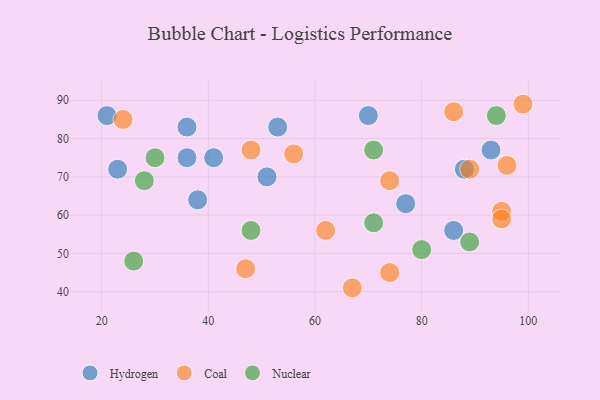
{"axis": {"x": "GDP", "y": "Life Expectancy"}, "legend": ["Coal", "Hydrogen", "Nuclear"], "data": [{"x": "93", "y": 77, "type": "Hydrogen"}, {"x": "86", "y": 56, "type": "Hydrogen"}, {"x": "53", "y": 83, "type": "Hydrogen"}, {"x": "51", "y": 70, "type": "Hydrogen"}, {"x": "36", "y": 83, "type": "Hydrogen"}, {"x": "77", "y": 63, "type": "Hydrogen"}, {"x": "36", "y": 75, "type": "Hydrogen"}, {"x": "38", "y": 64, "type": "Hydrogen"}, {"x": "70", "y": 86, "type": "Hydrogen"}, {"x": "23", "y": 72, "type": "Hydrogen"}, {"x": "88", "y": 72, "type": "Hydrogen"}, {"x": "21", "y": 86, "type": "Hydrogen"}, {"x": "41", "y": 75, "type": "Hydrogen"}, {"x": "62", "y": 56, "type": "Coal"}, {"x": "74", "y": 69, "type": "Coal"}, {"x": "67", "y": 41, "type": "Coal"}, {"x": "47", "y": 46, "type": "Coal"}, {"x": "95", "y": 61, "type": "Coal"}, {"x": "89", "y": 72, "type": "Coal"}, {"x": "99", "y": 89, "type": "Coal"}, {"x": "95", "y": 59, "type": "Coal"}, {"x": "96", "y": 73, "type": "Coal"}, {"x": "74", "y": 45, "type": "Coal"}, {"x": "56", "y": 76, "type": "Coal"}, {"x": "86", "y": 87, "type": "Coal"}, {"x": "48", "y": 77, "type": "Coal"}, {"x": "24", "y": 85, "type": "Coal"}, {"x": "71", "y": 77, "type": "Nuclear"}, {"x": "71", "y": 58, "type": "Nuclear"}, {"x": "94", "y": 86, "type": "Nuclear"}, {"x": "26", "y": 48, "type": "Nuclear"}, {"x": "89", "y": 53, "type": "Nuclear"}, {"x": "80", "y": 51, "type": "Nuclear"}, {"x": "30", "y": 75, "type": "Nuclear"}, {"x": "28", "y": 69, "type": "Nuclear"}, {"x": "48", "y": 56, "type": "Nuclear"}]}